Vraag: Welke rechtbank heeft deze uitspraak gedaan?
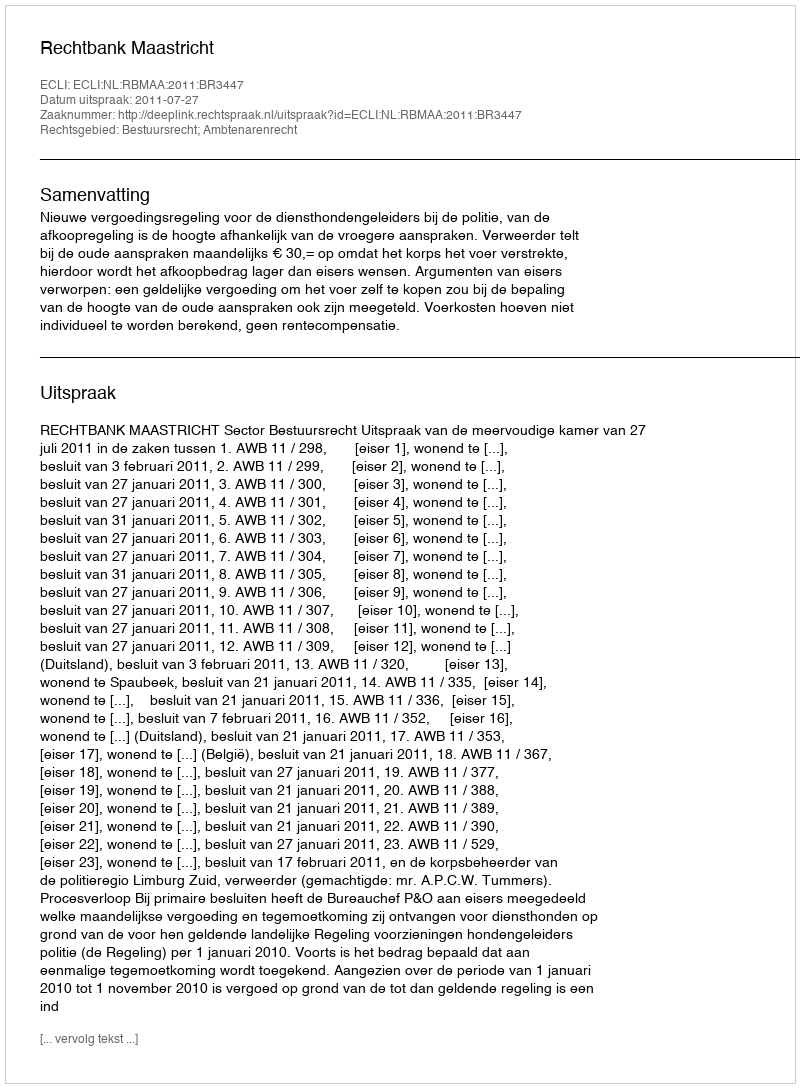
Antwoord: Rechtbank Maastricht